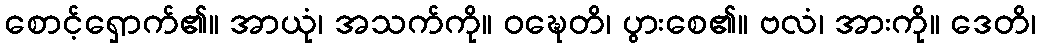
စောင့်ရှောက်၏။ အာယုံ၊ အသက်ကို။ ဝဍ္ဎေတိ၊ ပွားစေ၏။ ဗလံ၊ အားကို။ ဒေတိ၊